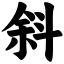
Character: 斜